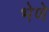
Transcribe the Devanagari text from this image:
भेणे